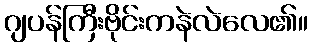
ဂျပန်ကြီးဗိုင်းကနဲလဲလေ၏။